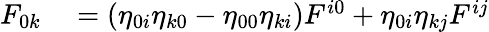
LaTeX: \begin{array}{rl}{F_{0k}}&{{}=\left(\eta_{0i}\eta_{k0}-\eta_{00}\eta_{ki}\right)F^{i0}+\eta_{0i}\eta_{kj}F^{ij}}\end{array}